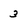
Character: 3